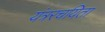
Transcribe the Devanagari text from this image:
यंत्ररचयिता